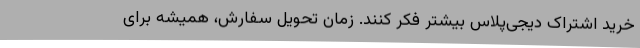
خرید اشتراک دیجی‌پلاس بیشتر فکر کنند. زمان تحویل سفارش، همیشه برای